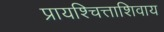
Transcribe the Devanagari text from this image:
प्रायश्चित्ताशिवाय